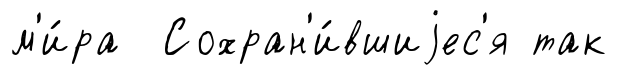
м'и́ра Сохран'и́вшиjес'я так